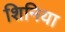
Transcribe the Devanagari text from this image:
शिनिया